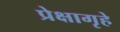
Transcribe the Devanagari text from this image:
प्रेक्षागृहे